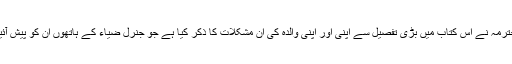
محترمہ نے اس کتاب میں بڑی تفصیل سے اپنی اور اپنی والدہ کی ان مشکلات کا ذکر کیا ہے جو جنرل ضیاء کے ہاتھوں ان کو پیش آئیں۔